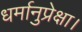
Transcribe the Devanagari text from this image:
धर्मानुप्रेक्षा।